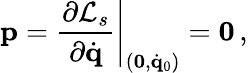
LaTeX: {\mathbf p}=\left.\frac{\partial{\cal L}_{s}}{\partial\dot{\mathbf q}}\right|_{({\mathbf 0},\dot{\mathbf q}_{0})}={\mathbf 0}\, ,